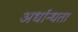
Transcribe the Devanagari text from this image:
अर्धान्धता